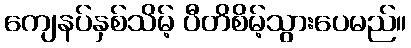
ကျေနပ်နှစ်သိမ့် ပီတိစိမ့်သွားပေမည်။